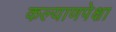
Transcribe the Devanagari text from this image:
कल्याणपेक्षा